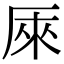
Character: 𠩬